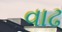
વાઢ